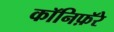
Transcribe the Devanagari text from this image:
कॉनिफ़ॅरे